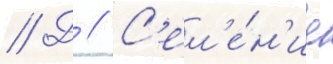
// Д // С'ел'е́н'ие